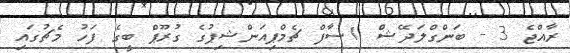
ރާއްޖެ 3 - ބަންގްލަދޭޝް 1ސާފް ޗެމްޕިއަންޝިޕުގެ ގުރޫޕް ބީގެ ފަހު މެޗުގައި